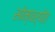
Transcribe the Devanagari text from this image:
सोम्वर्पेत